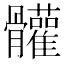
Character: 𩪼